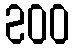
200